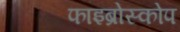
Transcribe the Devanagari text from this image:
फाइब्रोस्कोप